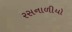
રસનાળીયો